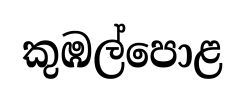
කුඹල්පොළ